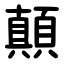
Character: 顛